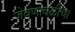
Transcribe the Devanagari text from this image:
जेवणावळीचा